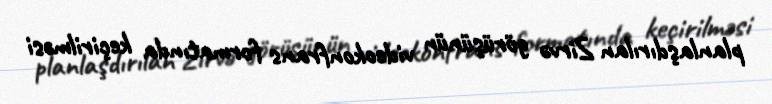
planlaşdırılan Zirvə görüşünün videokonfrans formatında keçirilməsi